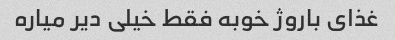
غذای باروژ خوبه فقط خیلی دیر میاره